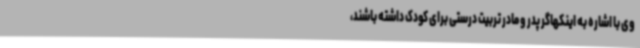
وی با اشاره به اینکهاگر پدر و مادر تربیت درستی برای کودک داشته باشند،